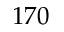
1 7 0